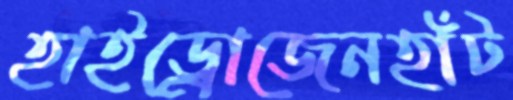
হাইড্রোজেনহাঁট